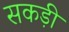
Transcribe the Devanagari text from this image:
सकड़ी